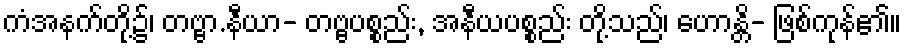
ကံအနက်တို့၌၊ တဗ္ဗာ.နီယာ- တဗ္ဗပစ္စည်း, အနီယပစ္စည်း တို့သည်၊ ဟောန္တိ- ဖြစ်ကုန်၏။